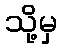
သို့မှ